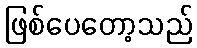
ဖြစ်ပေတော့သည်